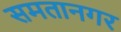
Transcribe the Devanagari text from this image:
समतानगर